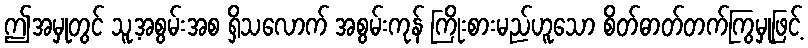
ဤအမှုတွင် သူ့အစွမ်းအစ ရှိသလောက် အစွမ်းကုန် ကြိုးစားမည်ဟူသော စိတ်ဓာတ်တက်ကြွမှုဖြင့်